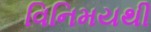
વિનિમયથી